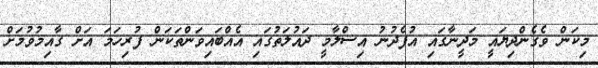
މިކަން ވެގެންދިޔައީ މަދީނާގައި އުފެދުނު އިސްލާމީ ދައުލަތުގައި އެއްބައިވަންތަކަން ފުރިހަމަ އަށް ގާއިމުވުމަށް